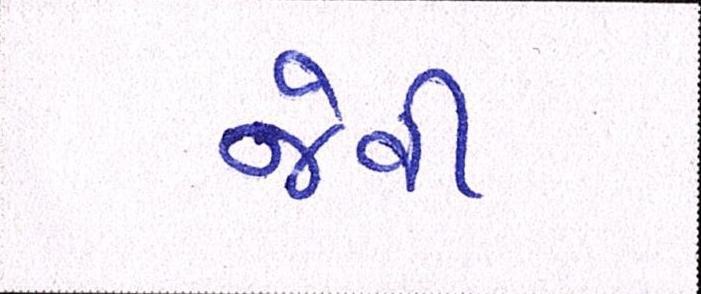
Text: જેવી